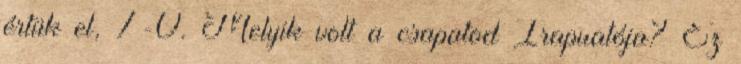
értük el, 7-0. Melyik volt a csapatod Irapuatója? Ez